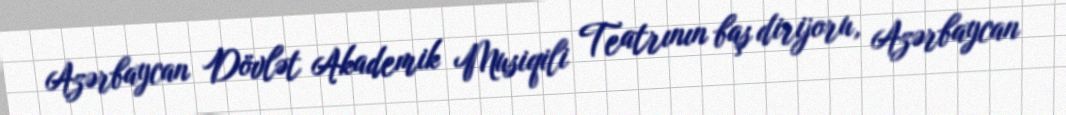
Azərbaycan Dövlət Akademik Musiqili Teatrının baş dirijoru, Azərbaycan